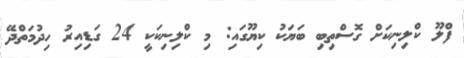
ފްލޫ ކްލިނިކަށް ގޮސްތިބި ބަޔަކު ކިޔޫގައި: މި ކްލިނިކަކީ 24 ގަޑިއިރު ހިދުމަތްދޭ